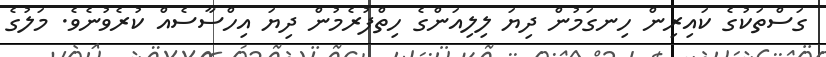
ގަސްތަކުގެ ކައިރިން ހިނގަމުން ދިޔަ ލިލިއަންގެ ހިތްފުރެމުން ދިޔަ އިހްސާސެއް ކުރެވުނެވެ. މަލުގެ